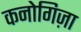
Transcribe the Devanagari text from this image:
कनोगिज़ा